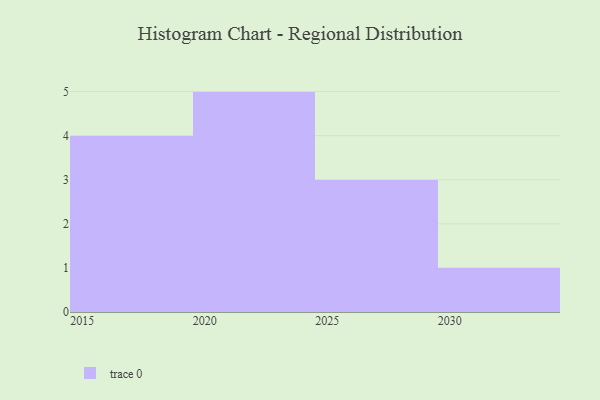
{"axis": {"x": "Year", "y": "Churn Rate (%)"}, "legend": [""], "data": [{"x": "2027", "y": 3, "type": ""}, {"x": "2017", "y": 24, "type": ""}, {"x": "2029", "y": 39, "type": ""}, {"x": "2030", "y": 63, "type": ""}, {"x": "2020", "y": 72, "type": ""}, {"x": "2019", "y": 61, "type": ""}, {"x": "2016", "y": 72, "type": ""}, {"x": "2024", "y": 91, "type": ""}, {"x": "2021", "y": 40, "type": ""}, {"x": "2026", "y": 90, "type": ""}, {"x": "2023", "y": 70, "type": ""}, {"x": "2022", "y": 15, "type": ""}, {"x": "2015", "y": 87, "type": ""}]}